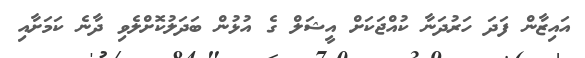
އައިޒާން ފަދަ ހަރުދަނާ ކުއްޖަކަށް އީޝަލް ގެ އުޅުން ބަދަލުކޮށްލެވި ދާނެ ކަމަށާއި